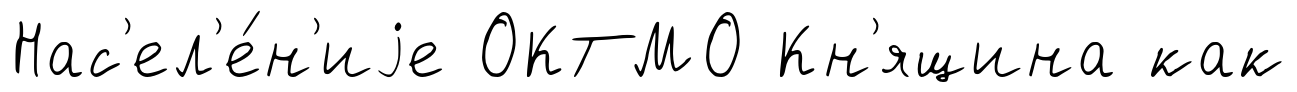
Нас'ел'е́н'иjе ОКТМО Кн'ящина как